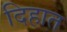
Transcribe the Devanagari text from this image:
दिहात